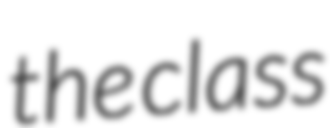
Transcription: the class